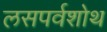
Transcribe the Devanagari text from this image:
लसपर्वशोथ